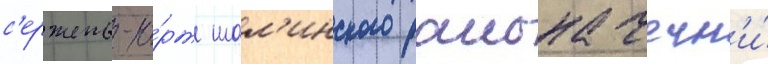
с'ержень-ю́рт шал'инского раиона чечн'и́